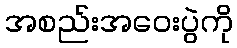
အစည်းအဝေးပွဲကို